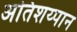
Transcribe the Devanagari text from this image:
अतिशय्पान